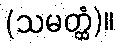
(သမတ္ထံ)။